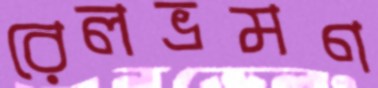
রেলভ্রমণ